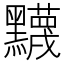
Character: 𬹛